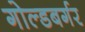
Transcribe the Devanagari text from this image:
गोल्डबर्गर